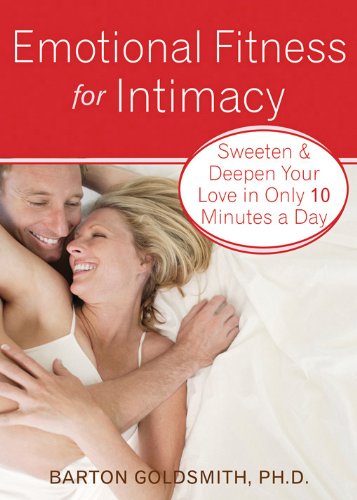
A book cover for Emotional Fitness for Intimacy: Sweeten and Deepen Your Love in Only 10 Minutes a Day; Barton Goldsmith; Self-Help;